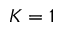
K = 1